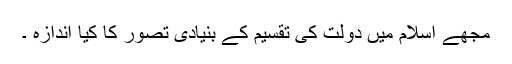
مجھے اسلام میں دولت کی تقسیم کے بنیادی تصور کا کیا اندازہ ۔